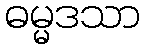
ဓမ္မဒသာ